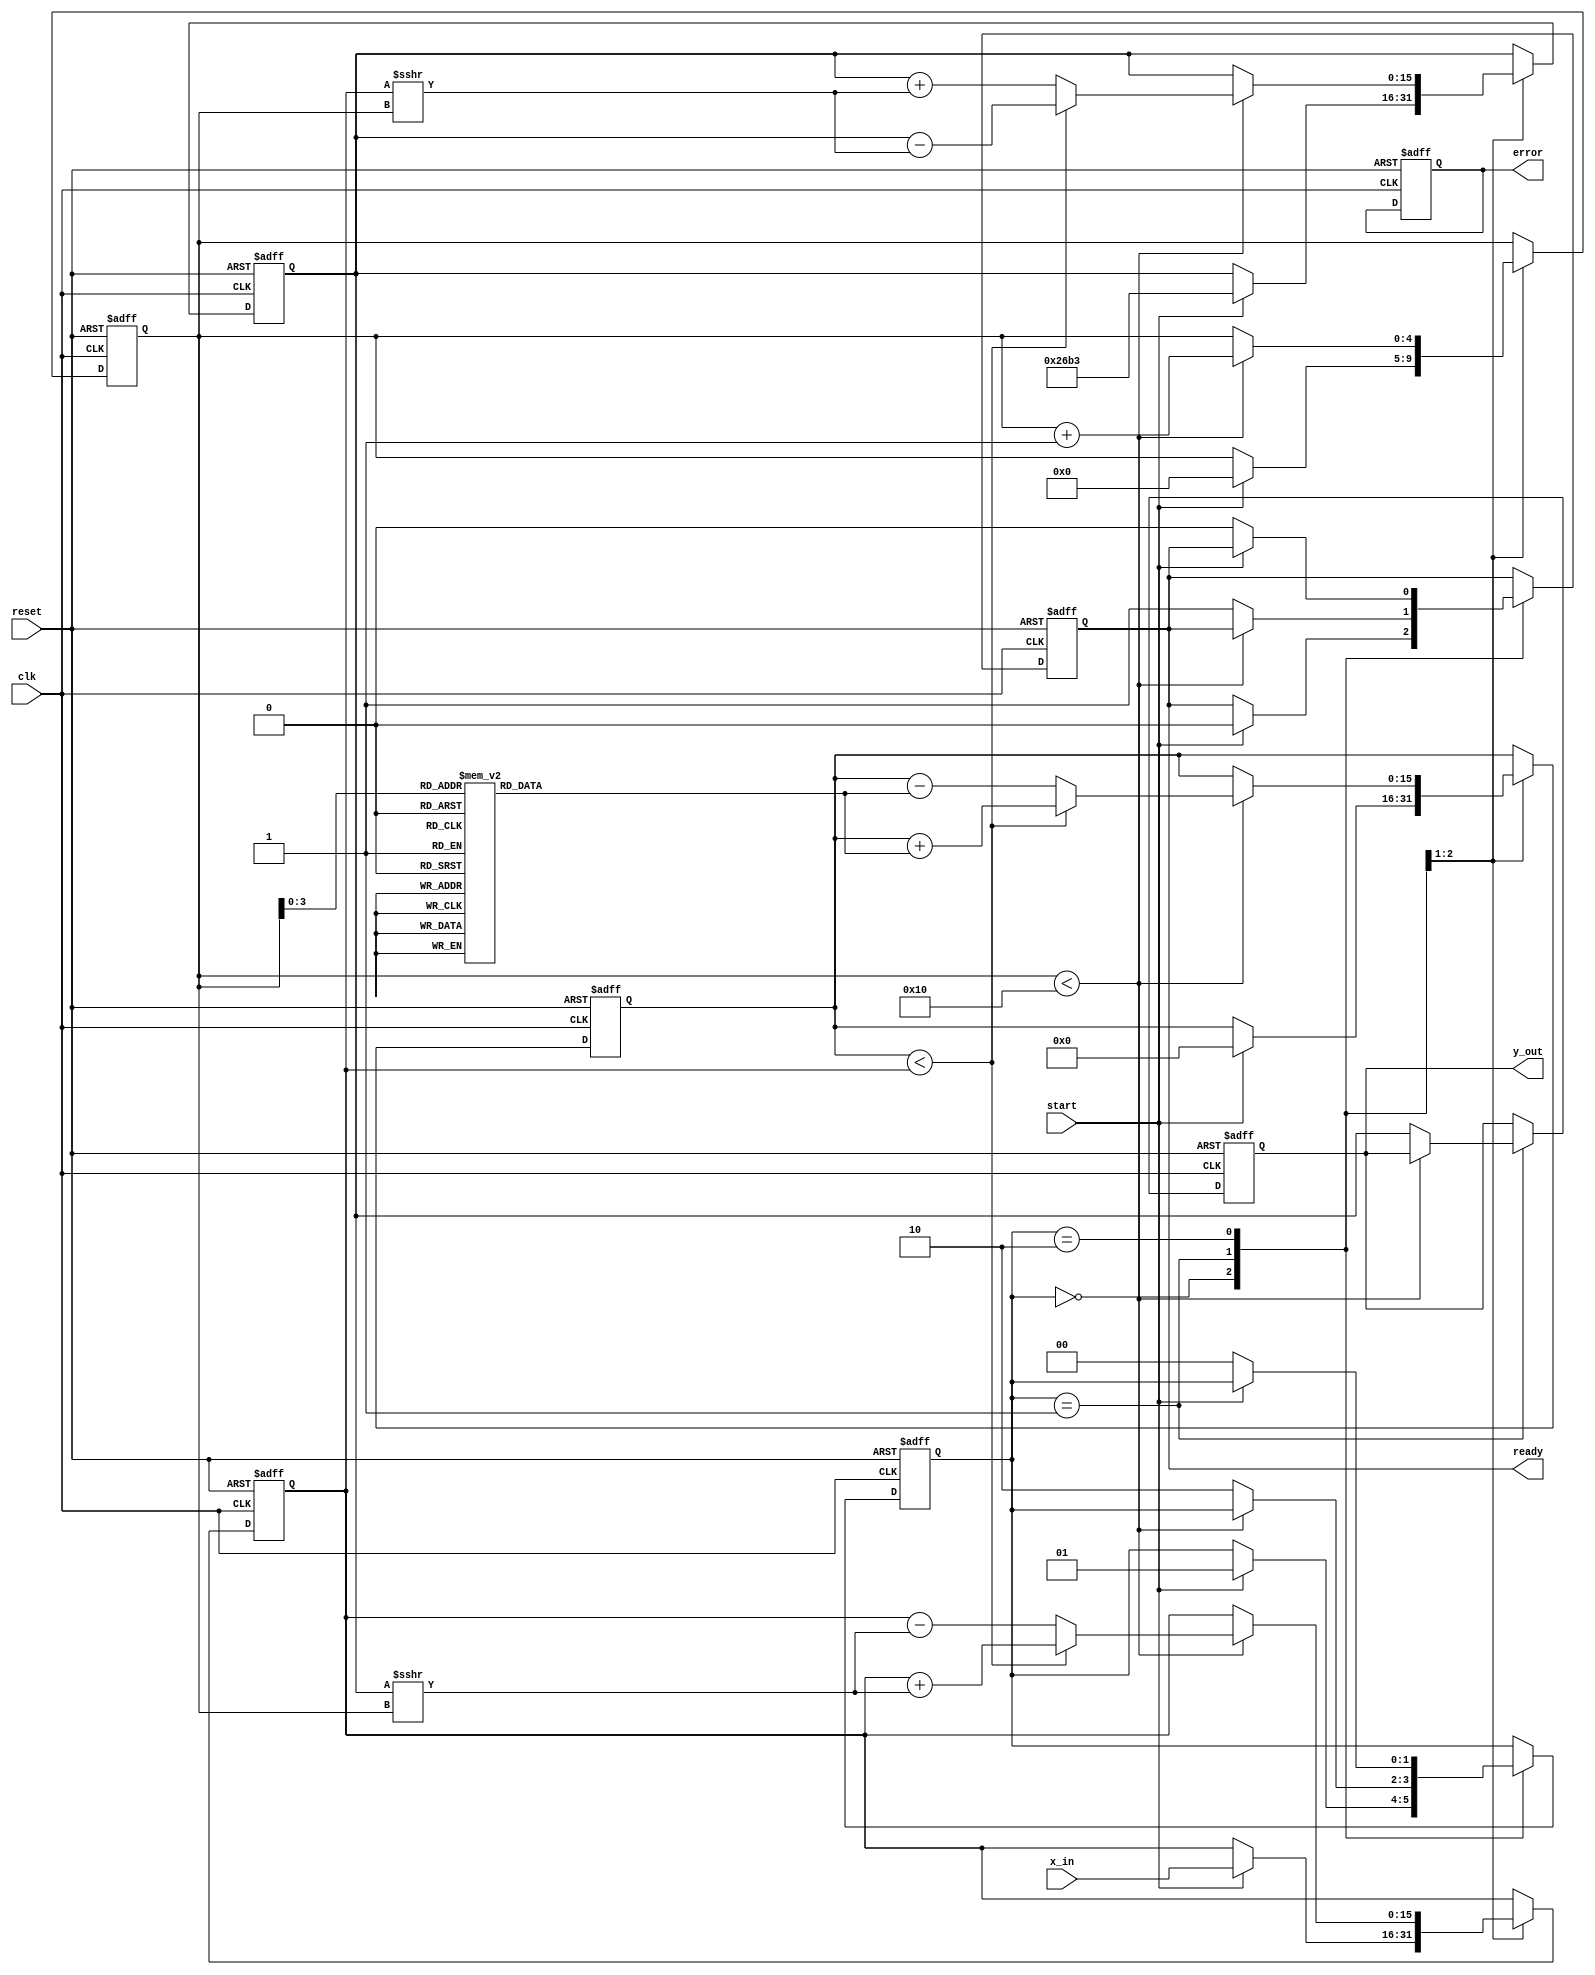
module CORDIC_Exponential #(
    parameter DATA_WIDTH = 16,  // Input data width for exponent
    parameter OUTPUT_WIDTH = 16, // Output data width for result
    parameter ITERATIONS = 16     // Number of iterations for CORDIC
)(
    input wire clk,
    input wire reset,
    input wire start,
    input wire [DATA_WIDTH-1:0] x_in, // Input exponent
    output reg [OUTPUT_WIDTH-1:0] y_out, // Output result
    output reg ready, // Signal to indicate computation completion
    output reg error // Signal to indicate any errors
);

    reg [DATA_WIDTH-1:0] x_reg; // X register
    reg [DATA_WIDTH-1:0] y_reg; // Y register
    reg [DATA_WIDTH-1:0] z_reg; // Z register (accumulated angle)
    reg [DATA_WIDTH-1:0] angle_table [0:ITERATIONS-1]; // Angle lookup table
    reg [4:0] iteration_count;  // Iteration counter
    reg [1:0] state; // FSM state for processing
    
    localparam IDLE = 2'b00, PROCESSING = 2'b01, COMPLETE = 2'b10;
    
    // Initialize angle table for exponential calculations (arctan values)
    initial begin
        angle_table[0] = 16'h0000; // tan(0)
        angle_table[1] = 16'h1535; // tan(1/2^1)
        angle_table[2] = 16'h28E3; // ...
        angle_table[3] = 16'h3C3E; // ...
        angle_table[4] = 16'h5A82; // ...
        angle_table[5] = 16'h7C80; // ...
        angle_table[6] = 16'hA57A; // ...
        angle_table[7] = 16'hD03B; // ...
        // Fill in remaining values based on the CORDIC algorithm for exponential
    end
    
    // State Machine for CORDIC processing
    always @(posedge clk or posedge reset) begin
        if (reset) begin
            state <= IDLE;
            y_out <= 0;
            ready <= 0;
            error <= 0;
            iteration_count <= 0;
            x_reg <= 0;
            y_reg <= 0;
            z_reg <= 0;
        end else begin
            case (state)
                IDLE: begin
                    if (start) begin
                        x_reg <= x_in;
                        y_reg <= 16'h26B3; // Initial value for y (e^1 scaled factor)
                        z_reg <= 0; // Initial angle
                        iteration_count <= 0; // Reset iteration counter
                        state <= PROCESSING;
                        ready <= 0;
                    end
                end
                
                PROCESSING: begin
                    if (iteration_count < ITERATIONS) begin
                        // CORDIC iteration for exponential calculation
                        if (z_reg < x_reg) begin
                            // Rotate positively
                            z_reg <= z_reg + angle_table[iteration_count];
                            x_reg <= x_reg + (y_reg >>> iteration_count);
                            y_reg <= y_reg - (x_reg >>> iteration_count);
                        end else begin
                            // Rotate negatively
                            z_reg <= z_reg - angle_table[iteration_count];
                            x_reg <= x_reg - (y_reg >>> iteration_count);
                            y_reg <= y_reg + (x_reg >>> iteration_count);
                        end
                        iteration_count <= iteration_count + 1;
                    end else begin
                        // Final result computation
                        y_out <= y_reg; // Take the final value of y
                        ready <= 1; // Signal completion
                        state <= COMPLETE;
                    end
                end
                
                COMPLETE: begin
                    if (!start) begin
                        state <= IDLE; // Return to IDLE state
                        ready <= 0; // Reset ready signal
                    end
                end
            endcase
        end
    end

endmodule